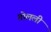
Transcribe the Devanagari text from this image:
तोलली